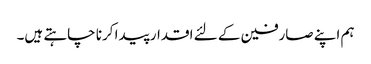
ہم اپنے صارفین کے لئے اقدار پیدا کرنا چاہتے ہیں۔